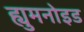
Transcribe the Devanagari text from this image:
ह्युमनोइड